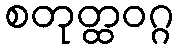
စတုတ္ထဝဂ္ဂ